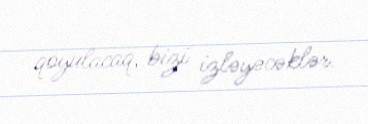
qoyulacaq, bizi izləyəcəklər.